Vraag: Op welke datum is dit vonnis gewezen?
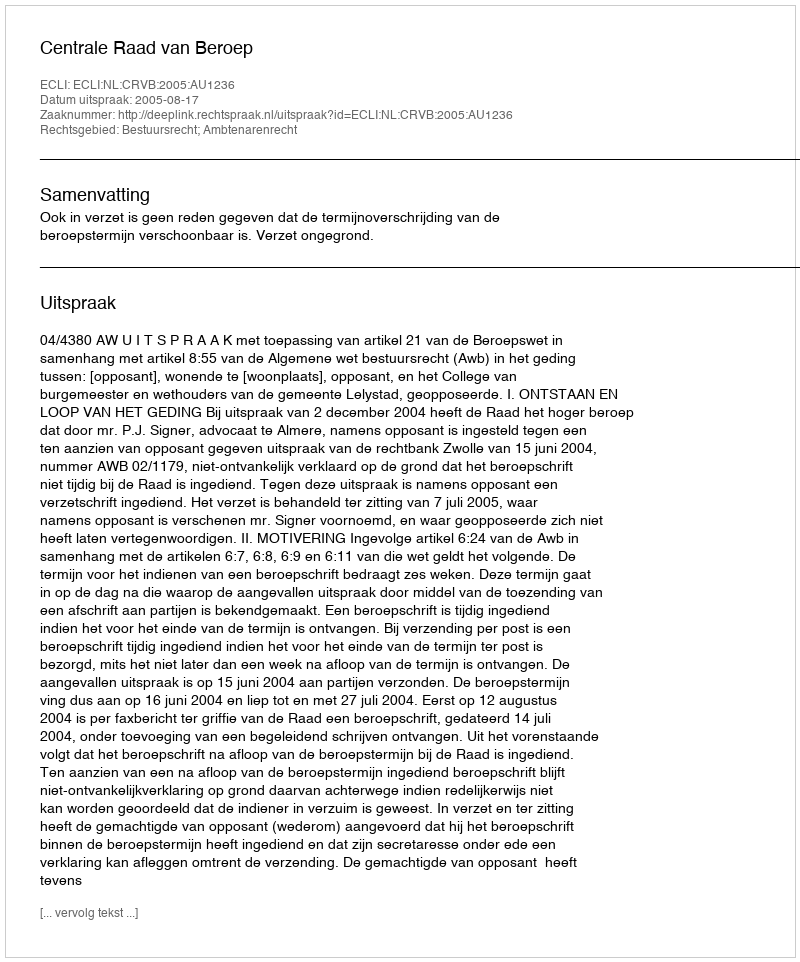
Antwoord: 2005-08-17